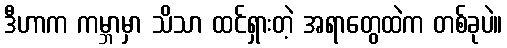
ဒီဟာက ကမ္ဘာမှာ သိသာ ထင်ရှားတဲ့ အရာတွေထဲက တစ်ခုပဲ။